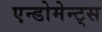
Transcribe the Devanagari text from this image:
एन्डोमेन्ट्‌स